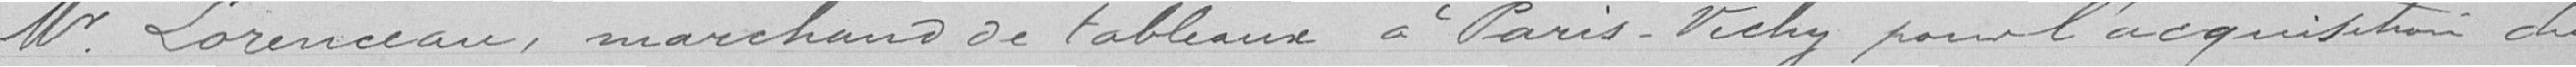
Monsieur Lorenceau, marchand de tableaux à Paris-Vichy pour l'acquisition du